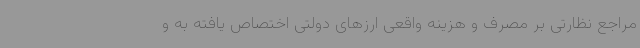
مراجع نظارتی بر مصرف و هزینه واقعی ارزهای دولتی اختصاص یافته به و